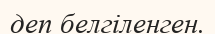
деп белгіленген.